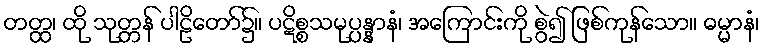
တတ္ထ၊ ထို သုတ္တန် ပါဠိတော်၌။ ပဋိစ္စသမုပ္ပန္နာနံ၊ အကြောင်းကို စွဲ၍ ဖြစ်ကုန်သော။ ဓမ္မာနံ၊